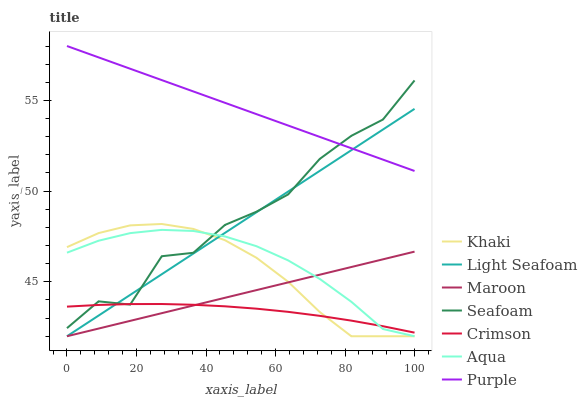
| xaxis_label | Khaki | Light Seafoam | Maroon | Seafoam | Crimson | Aqua | Purple |
 | --- | --- | --- | --- | --- | --- | --- | --- |
 | 0 | 46.9 | 42 | 42 | 42.4 | 43.6 | 46.6 | 58 |
 | 9.09 | 47.7 | 43.1 | 42.4 | 43.9 | 43.7 | 47.3 | 57.4 |
 | 18.2 | 48.1 | 44.3 | 42.8 | 43.7 | 43.8 | 47.7 | 56.7 |
 | 27.3 | 48.2 | 45.4 | 43.3 | 46.4 | 43.8 | 47.9 | 56.1 |
 | 36.4 | 47.9 | 46.6 | 43.7 | 46.6 | 43.7 | 47.8 | 55.5 |
 | 45.5 | 47.3 | 47.7 | 44.1 | 48.1 | 43.7 | 47.5 | 54.9 |
 | 54.5 | 46.3 | 48.8 | 44.5 | 48.9 | 43.5 | 47 | 54.2 |
 | 63.6 | 45 | 50 | 45 | 49.8 | 43.3 | 46.2 | 53.6 |
 | 72.7 | 43.3 | 51.1 | 45.4 | 51.8 | 43.1 | 45.2 | 53 |
 | 81.8 | 42 | 52.3 | 45.8 | 53 | 42.9 | 43.9 | 52.4 |
 | 90.9 | 42 | 53.4 | 46.2 | 53.9 | 42.6 | 42.4 | 51.7 |
 | 100 | 42 | 54.5 | 46.7 | 56.1 | 42.2 | 42 | 51.1 |